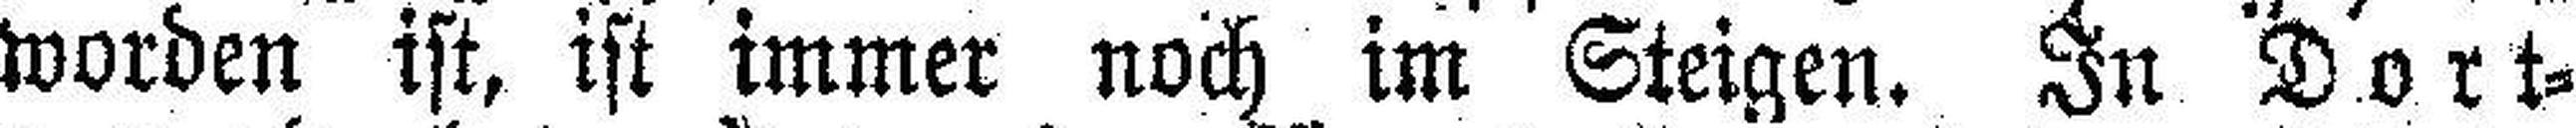
worden ist, ist immer noch im Steigen. In Dort¬